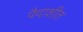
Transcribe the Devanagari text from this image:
पैदाशीत